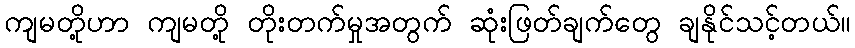
ကျမတို့ဟာ ကျမတို့ တိုးတက်မှုအတွက် ဆုံးဖြတ်ချက်တွေ ချနိုင်သင့်တယ်။